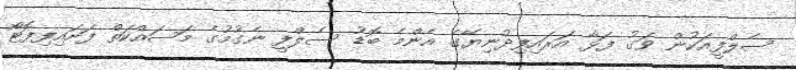
ސެލްފީއަކުން ވަގު ފަޅާ އަރައިފިދުނިޔޭގެ އެންމެ ބޮޑު ސެލްފީ ނެގުމުގެ މަސައްކަތް ފަށައިފިފޮޓޯ